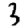
Digit: 3